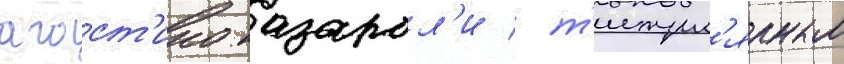
агост'ино казарол'и / т'итул'ярным